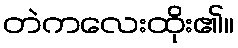
တဲကလေးထိုး၏။